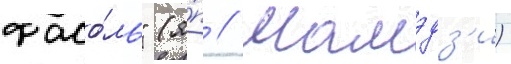
фасо́ль" (я́п // Мамэдз'и)